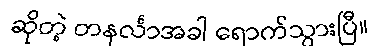
ဆိုတဲ့ တနင်္လာအခါ ရောက်သွားပြီ။